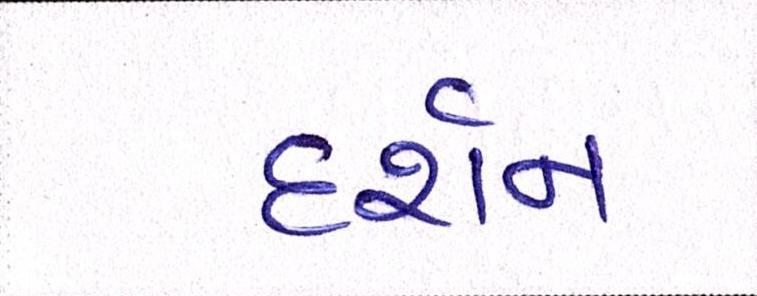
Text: દર્શન